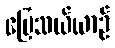
မြေသယ်ယာဉ်